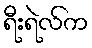
ရီးရဲလ်က